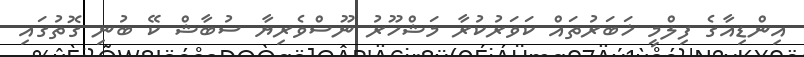
އިންޑިއާގެ ފިލްމީ ޚަބަރުތައް ކަވަރުކުރާ މަޝްހޫރު ނޫސްވެރިޔާ ސުބާޝް ކޭ ބުނި ގޮތުގައި